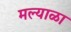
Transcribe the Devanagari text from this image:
मल्याळा